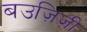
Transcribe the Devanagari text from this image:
बउज़िज़ी